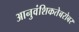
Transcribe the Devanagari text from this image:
आनुवंशिकतेबरोबर